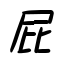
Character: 屁